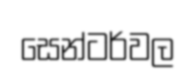
සෙන්ටර්වල